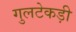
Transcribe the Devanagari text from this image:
गुलटेकड़ी